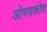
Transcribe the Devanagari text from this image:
ओषधकोश